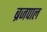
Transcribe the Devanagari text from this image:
ब्रजपाल